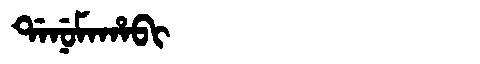
Manchu: ᡩᠠᠨᡠᠮᠠᡥᠠᠪᡳ
Romanization: DANUMAHABI